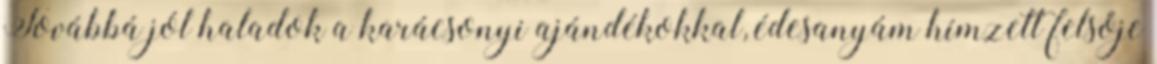
Továbbá jól haladok a karácsonyi ajándékokkal, édesanyám hímzett felsője